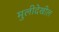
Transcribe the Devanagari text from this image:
मुलीदेखील